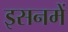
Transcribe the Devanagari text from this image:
इसनमें